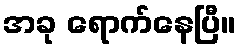
အခု ရောက်နေပြီ။